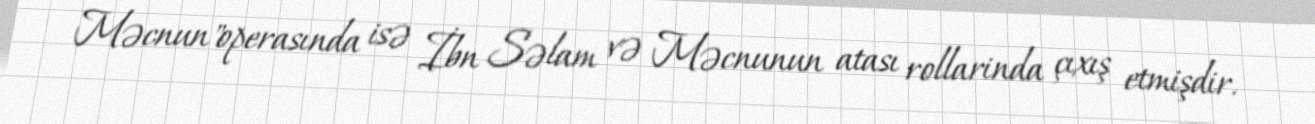
Məcnun"operasında isə İbn Səlam və Məcnunun atası rollarinda çıxış etmişdir.